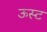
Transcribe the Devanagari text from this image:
ऊस्ट